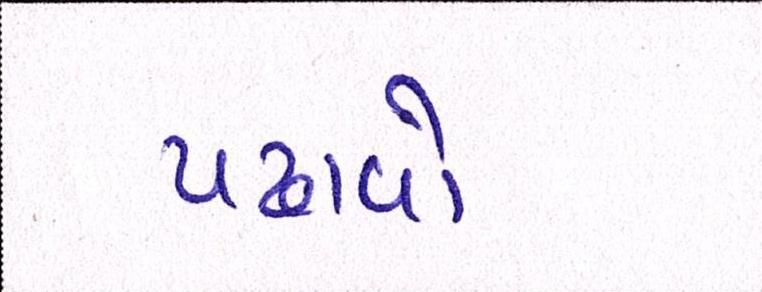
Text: પઢાવો